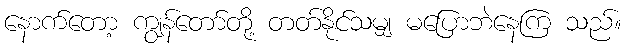
နောက်တော့ ကျွန်တော်တို့ တတ်နိုင်သမျှ မပြောဘဲနေကြ သည်။